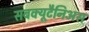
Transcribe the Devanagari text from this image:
सबक्यूटैनिअस